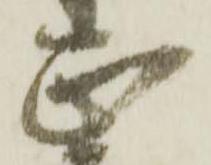
正